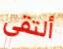
ألتقي